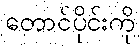
တောင်ပိုင်းကို